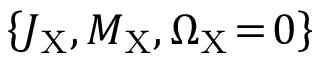
\left\{ J _ { \mathrm { X } } , M _ { \mathrm { X } } , \Omega _ { \mathrm { X } } \! = \! 0 \right\}